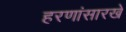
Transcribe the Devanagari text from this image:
हरणांसारखे